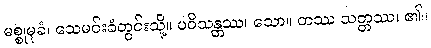
မစ္စုမုခံ၊ သေမင်းခံတွင်းသို့။ ပဝိသန္တဿ၊ သော။ တဿ သတ္တဿ၊ ၏။